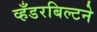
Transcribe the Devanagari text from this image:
व्हँडरबिल्टने